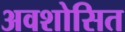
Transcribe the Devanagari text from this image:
अवशोसित